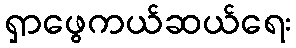
ရှာဖွေကယ်ဆယ်ရေး